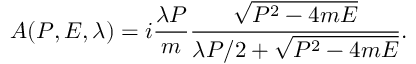
A ( P , E , \lambda ) = i { \frac { \lambda P } { m } } { \frac { \sqrt { P ^ { 2 } - 4 m E } } { { \lambda P / 2 } + \sqrt { P ^ { 2 } - 4 m E } } } .